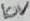
Text: 10V